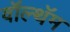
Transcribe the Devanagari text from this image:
वॉल्थॅम